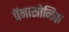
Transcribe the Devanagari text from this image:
पॅनासोनिक